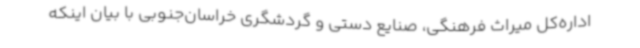
اداره‌کل میراث فرهنگی، صنایع دستی و گردشگری خراسان‌جنوبی با بیان اینکه